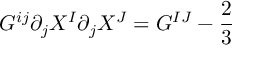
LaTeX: { \cal G } ^ { i j } \partial _ { j } X ^ { I } \partial _ { j } X ^ { J } = G ^ { I J } - { \frac { 2 } { 3 } }